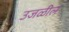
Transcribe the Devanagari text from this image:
उजळील